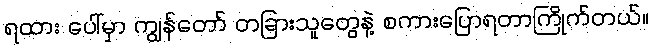
ရထား ပေါ်မှာ ကျွန်တော် တခြားသူတွေနဲ့ စကားပြောရတာကြိုက်တယ်။